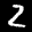
Label: 2